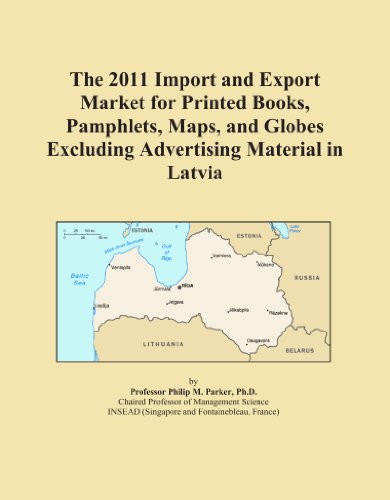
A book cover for The 2011 Import and Export Market for Printed Books, Pamphlets, Maps, and Globes Excluding Advertising Material in Latvia; Icon Group International; Travel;